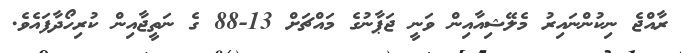
ރާއްޖެ ނިކުންނައިރު މެލޭޝިއާއިން ވަނީ ޖަޕާނުގެ މައްޗަށް 13-88 ގެ ނަތީޖާއިން ކުރިހޯދާފައެވެ.